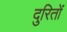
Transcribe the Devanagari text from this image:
दुरितों